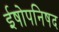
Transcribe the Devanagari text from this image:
ईषोपनिषद